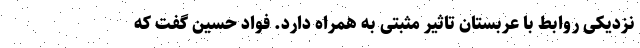
نزدیکی روابط با عربستان تاثیر مثبتی به همراه دارد. فواد حسین گفت که